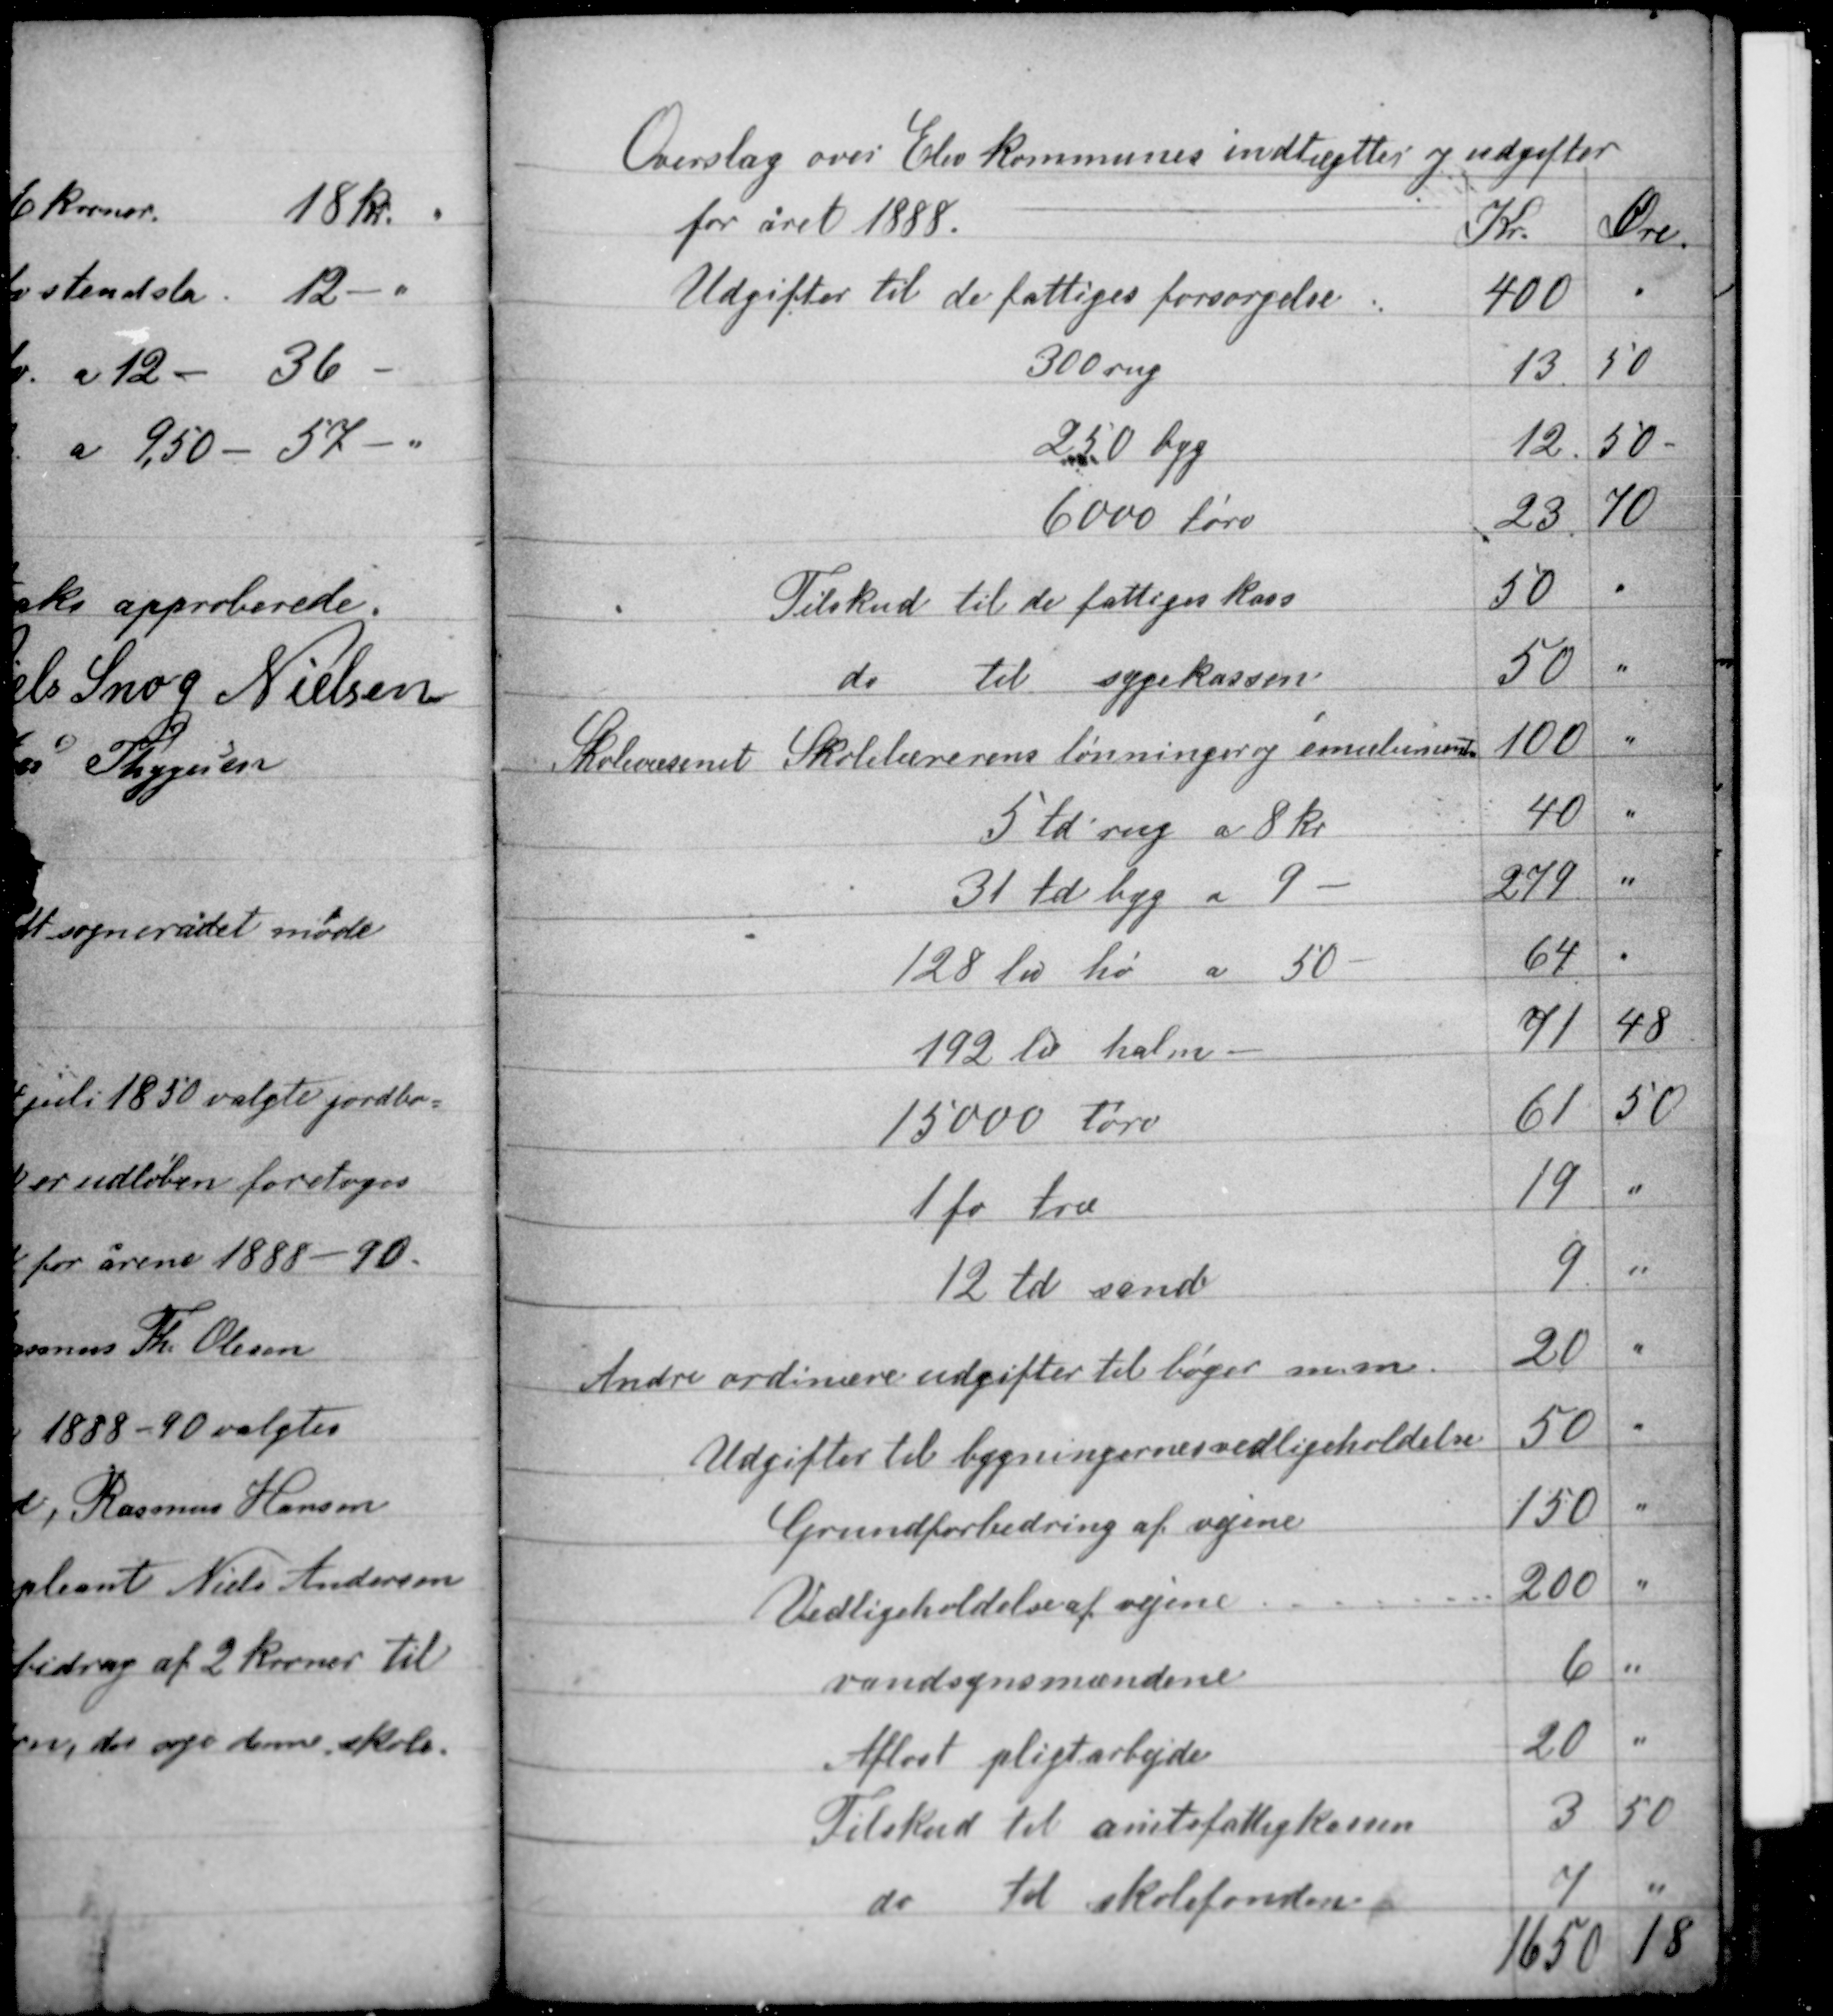
Transskription:
Overslag over Elev kommunes indtægter og udgifter